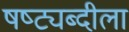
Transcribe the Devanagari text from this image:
षष्ट्यब्दीला